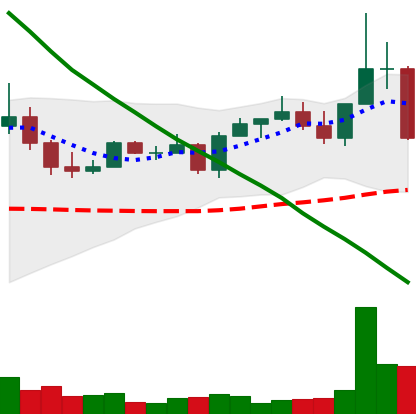
Ticker: EOS-USD
Chart end date: 2022-08-19
Forward return: 39.421%
Label: up_7plus